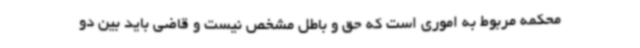
محکمه مربوط به اموری است که حق و باطل مشخص نیست و قاضی باید بین دو